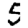
Digit: 5